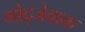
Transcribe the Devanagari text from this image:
गोद्जेवाक